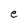
Character: e